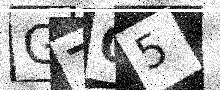
Text: G705